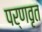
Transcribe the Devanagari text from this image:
पर्णवृत